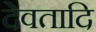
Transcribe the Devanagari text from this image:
देवतादि